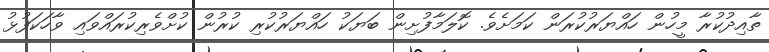
ތާއިދުކުރާ މީހުން ހައްޔަރުކުރަން ކަމަށެވެ. ކޮލަމާފުށިން ބަޔަކު ހައްޔަރުކުރި ކުރުން ކުށްވެރިކުރައްވައި ވާހަކަފުޅު